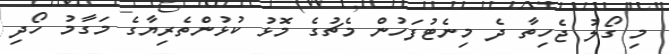
މި ގޯލު ޖެހިތާ ދެ މިނެޓުފަހުން މެޗުގެ މޮޅު ކުޅުންތެރިޔާގެ މަގާމު ހޯދި